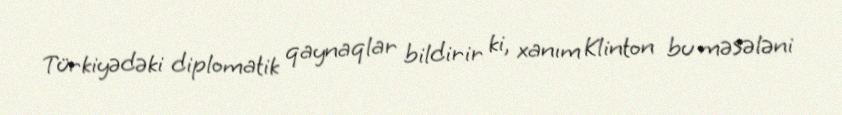
Türkiyədəki diplomatik qaynaqlar bildirir ki, xanım Klinton bu məsələni